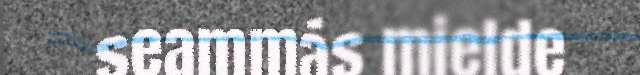
seammás mielde